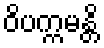
ဝိပက္ကမန္တိ